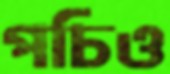
পচিও